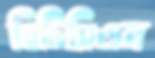
বিটিসিএল